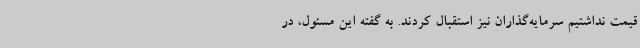
قیمت نداشتیم سرمایه‌گذاران نیز استقبال کردند. به گفته این مسئول، در